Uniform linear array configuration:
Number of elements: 12
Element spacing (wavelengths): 1
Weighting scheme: cosine
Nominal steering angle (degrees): -45
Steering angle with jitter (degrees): -46.739
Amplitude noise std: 0.05
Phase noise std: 0.05

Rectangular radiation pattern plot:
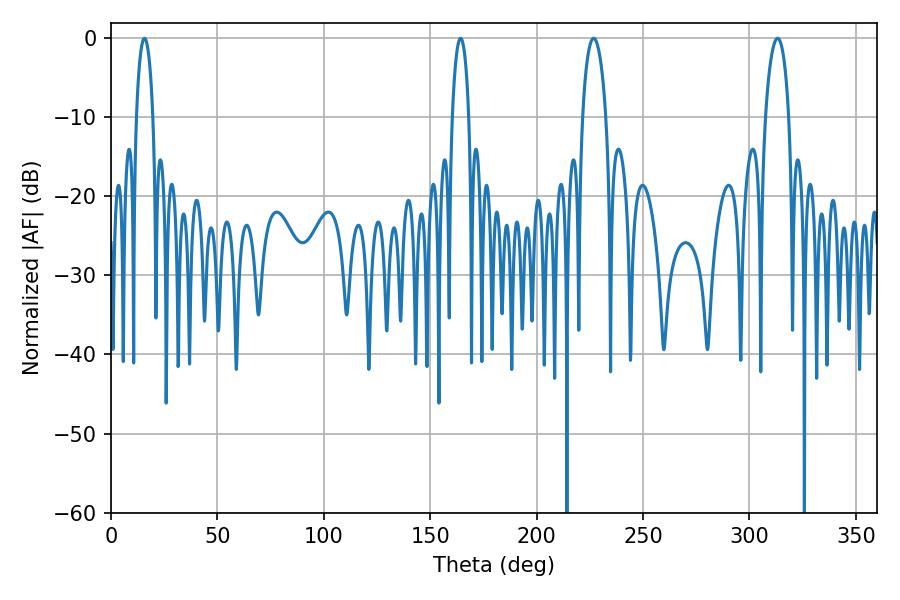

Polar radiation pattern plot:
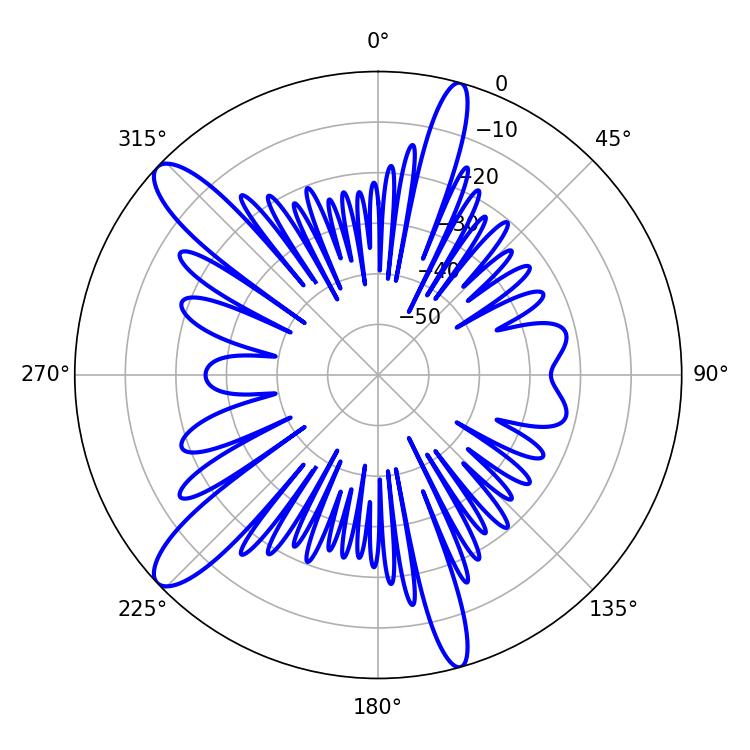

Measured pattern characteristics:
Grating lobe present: TRUE
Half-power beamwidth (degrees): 6.3
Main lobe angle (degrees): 226.8